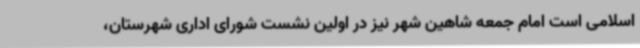
اسلامی است امام جمعه شاهین شهر نیز در اولین نشست شورای اداری شهرستان،